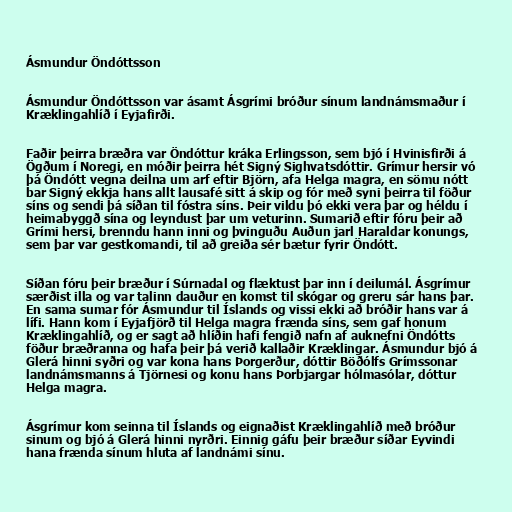
Ásmundur Öndóttsson

Ásmundur Öndóttsson var ásamt Ásgrími bróður sínum landnámsmaður í
Kræklingahlíð í Eyjafirði.

Faðir þeirra bræðra var Öndóttur kráka Erlingsson, sem bjó í Hvinisfirði á
Ögðum í Noregi, en móðir þeirra hét Signý Sighvatsdóttir. Grímur hersir vó
þá Öndótt vegna deilna um arf eftir Björn, afa Helga magra, en sömu nótt
bar Signý ekkja hans allt lausafé sitt á skip og fór með syni þeirra til föður
síns og sendi þá síðan til fóstra síns. Þeir vildu þó ekki vera þar og héldu í
heimabyggð sína og leyndust þar um veturinn. Sumarið eftir fóru þeir að
Grími hersi, brenndu hann inni og þvinguðu Auðun jarl Haraldar konungs,
sem þar var gestkomandi, til að greiða sér bætur fyrir Öndótt.

Síðan fóru þeir bræður í Súrnadal og flæktust þar inn í deilumál. Ásgrímur
særðist illa og var talinn dauður en komst til skógar og greru sár hans þar.
En sama sumar fór Ásmundur til Íslands og vissi ekki að bróðir hans var á
lífi. Hann kom í Eyjafjörð til Helga magra frænda síns, sem gaf honum
Kræklingahlíð, og er sagt að hlíðin hafi fengið nafn af auknefni Öndótts
föður bræðranna og hafa þeir þá verið kallaðir Kræklingar. Ásmundur bjó á
Glerá hinni syðri og var kona hans Þorgerður, dóttir Böðólfs Grímssonar
landnámsmanns á Tjörnesi og konu hans Þorbjargar hólmasólar, dóttur
Helga magra.

Ásgrímur kom seinna til Íslands og eignaðist Kræklingahlíð með bróður
sinum og bjó á Glerá hinni nyrðri. Einnig gáfu þeir bræður síðar Eyvindi
hana frænda sínum hluta af landnámi sínu.